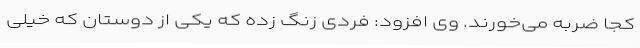
کجا ضربه می‌خورند. وی افزود: فردی زنگ زده که یکی از دوستان که خیلی